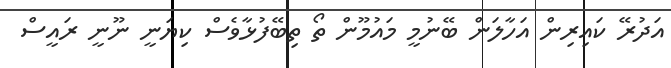
އަދުރޭ ކައިރިން އަހާލަން ބޭނުމީ މައުމޫން ތޯ ތިބޭފުޅާވެސް ކިޔަނީ ނޫނީ ރައީސް